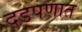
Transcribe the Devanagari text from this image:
दडपणात